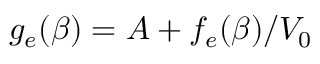
g _ { e } ( \beta ) = A + f _ { e } ( \beta ) / V _ { 0 }